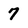
Character: 7